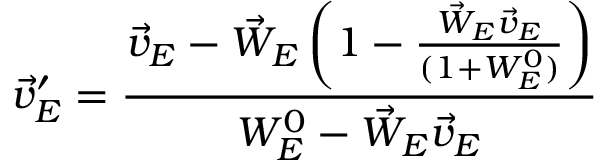
\vec { v } _ { E } ^ { \prime } = \frac { \vec { v } _ { E } - \vec { W } _ { E } \left( 1 - \frac { \vec { W } _ { E } \vec { v } _ { E } } { ( 1 + W _ { E } ^ { 0 } ) } \right) } { W _ { E } ^ { 0 } - \vec { W } _ { E } \vec { v } _ { E } }